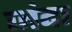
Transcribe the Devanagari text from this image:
जंदा